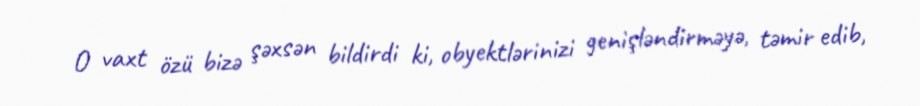
O vaxt özü bizə şəxsən bildirdi ki, obyektlərinizi genişləndirməyə, təmir edib,